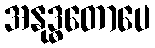
အနုဒ္ဓတောပေ